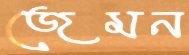
জেমন